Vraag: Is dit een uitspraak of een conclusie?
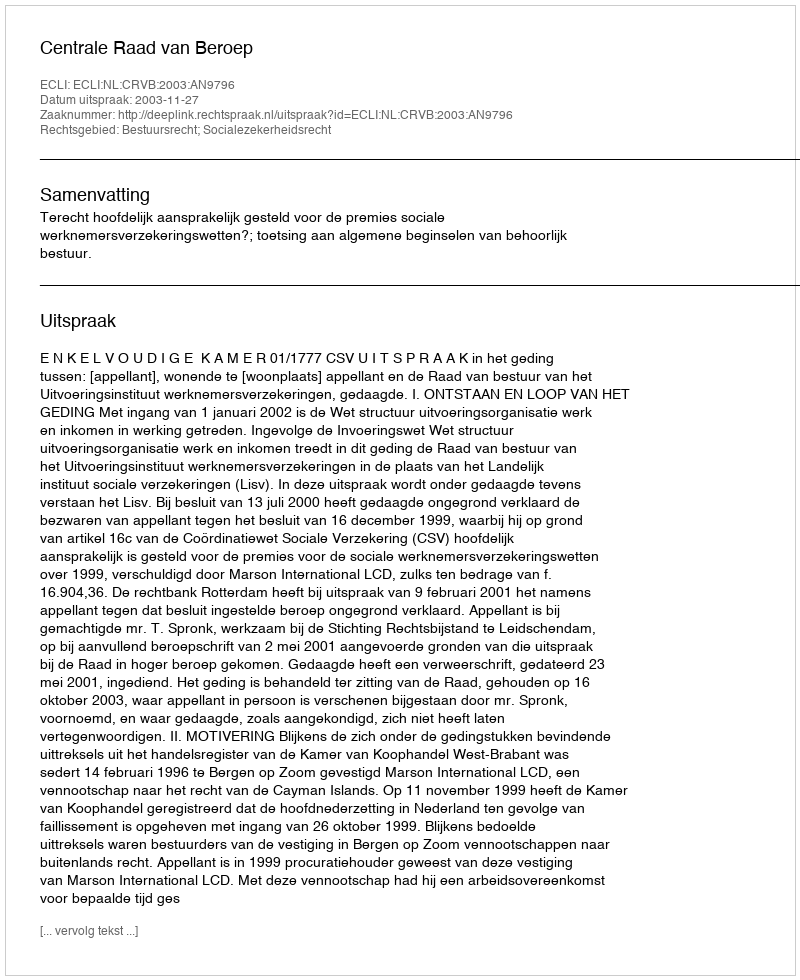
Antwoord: Uitspraak